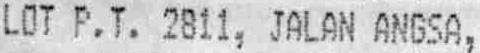
LOT P.T. 2811, JALAN ANGSA,